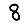
Digit: 8